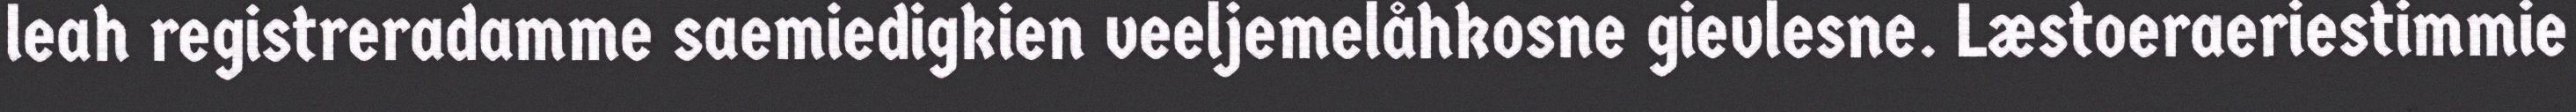
leah registreradamme saemiedigkien veeljemelåhkosne gievlesne. Læstoeraeriestimmie